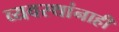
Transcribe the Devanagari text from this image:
व्यवस्थांनाही